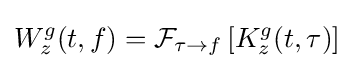
W_{z}^{g}(t,f)={\mathcal {F}}_{\tau \to f}\left[K_{z}^{g}(t,\tau )\right]